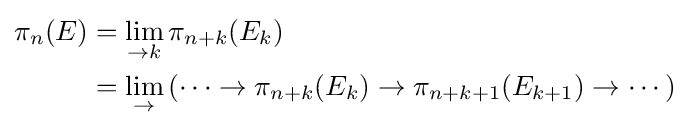
{\begin{aligned}\pi _{n}(E)&=\lim _{\to k}\pi _{n+k}(E_{k})\\&=\lim _{\to }\left(\cdots \to \pi _{n+k}(E_{k})\to \pi _{n+k+1}(E_{k+1})\to \cdots \right)\end{aligned}}